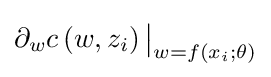
\partial _{w}c\left(w,z_{i}\right){\big |}_{w=f\left(x_{i};\theta \right)}